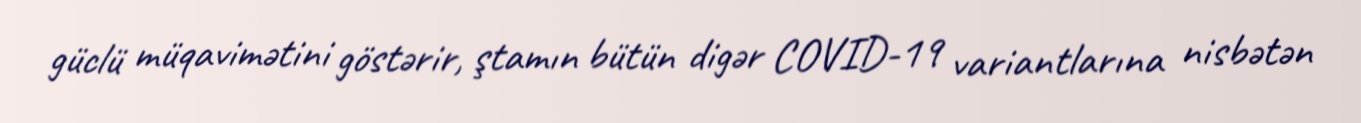
güclü müqavimətini göstərir, ştamın bütün digər COVID-19 variantlarına nisbətən